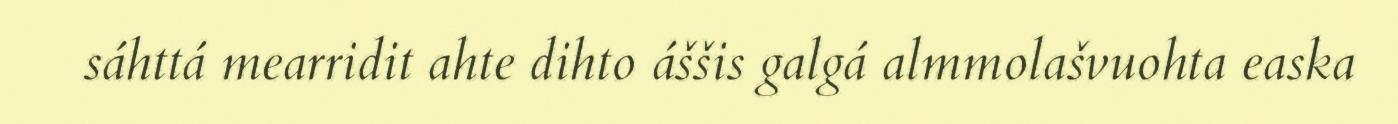
sáhttá mearridit ahte dihto áššis galgá almmolašvuohta easka